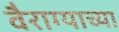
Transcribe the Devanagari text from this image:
वैराग्याच्या